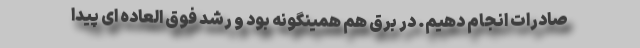
صادرات انجام دهیم. در برق هم همینگونه بود و رشد فوق العاده ای پیدا